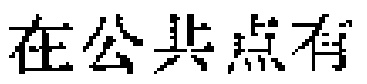
在公共点有